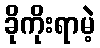
ခိုကိုးရာမဲ့